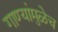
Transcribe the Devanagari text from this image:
गाण्यांमुळेच